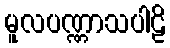
မူလပဏ္ဏာသပါဠိ